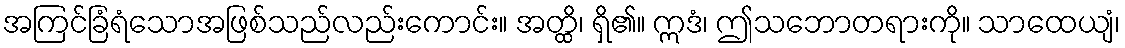
အကြင်ခြံရံသောအဖြစ်သည်လည်းကောင်း။ အတ္ထိ၊ ရှိ၏။ ဣဒံ၊ ဤသဘောတရားကို။ သာထေယျံ၊